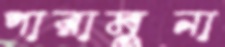
পারামুনা